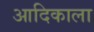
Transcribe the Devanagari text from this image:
आदिकाला